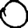
Digit: 0